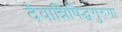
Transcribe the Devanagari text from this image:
दैवान्निषिद्धगुरुगा